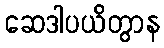
ဆေဒါပယိတွာန